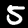
Digit: 5